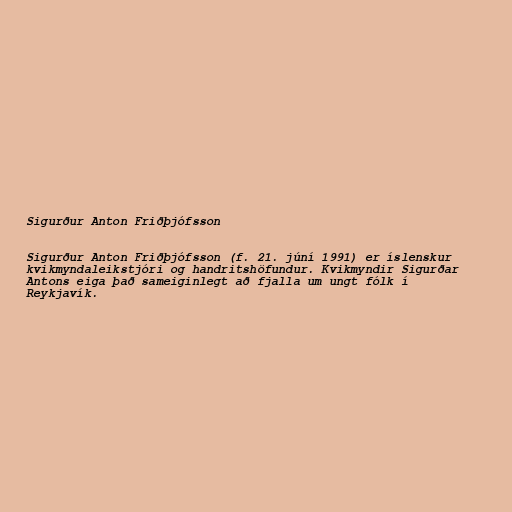
Sigurður Anton Friðþjófsson

Sigurður Anton Friðþjófsson (f. 21. júní 1991) er íslenskur
kvikmyndaleikstjóri og handritshöfundur. Kvikmyndir Sigurðar
Antons eiga það sameiginlegt að fjalla um ungt fólk í
Reykjavík.